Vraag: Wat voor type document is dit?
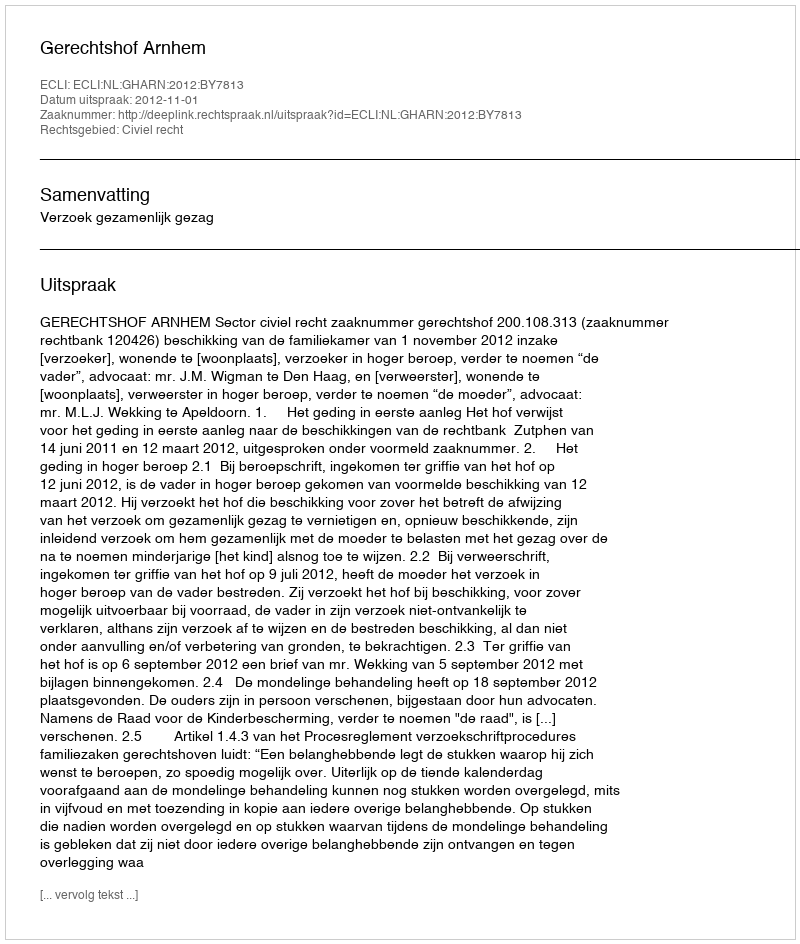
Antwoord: Uitspraak